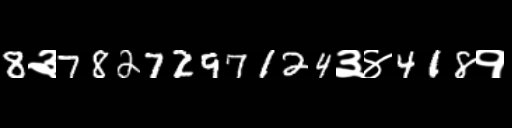
Text: 8३7827297124३४418१